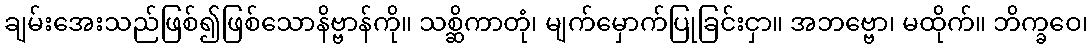
ချမ်းအေးသည်ဖြစ်၍ဖြစ်သောနိဗ္ဗာန်ကို။ သစ္ဆိကာတုံ၊ မျက်မှောက်ပြုခြင်းငှာ။ အဘဗ္ဗော၊ မထိုက်။ ဘိက္ခဝေ၊